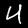
Digit: 4